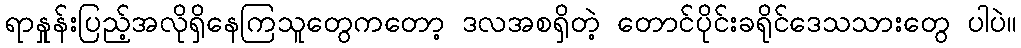
ရာနှုန်းပြည့်အလိုရှိနေကြသူတွေကတော့ ဒလအစရှိတဲ့ တောင်ပိုင်းခရိုင်ဒေသသားတွေ ပါပဲ။